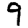
Digit: 9